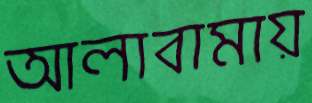
আলাবামায়